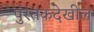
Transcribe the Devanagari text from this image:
पुस्तकदेखील